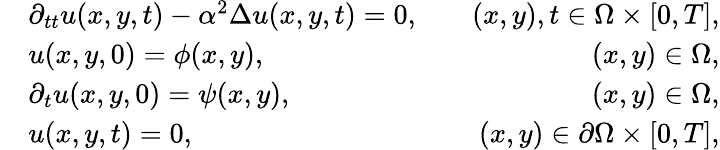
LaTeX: \begin{array}{rlr}&{\partial_{tt}u(x,y,t)-\alpha^{2}\Delta u(x,y,t)=0,}&{\quad(x,y),t\in\Omega\times[0,T],}\\ &{u(x,y,0)=\phi(x,y),}&{\quad(x,y)\in\Omega,}\\ &{\partial_{t}u(x,y,0)=\psi(x,y),}&{\quad(x,y)\in\Omega,}\\ &{u(x,y,t)=0,}&{\quad(x,y)\in\partial\Omega\times[0,T],}\end{array}